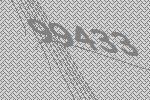
99433